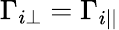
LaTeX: \Gamma_{i\perp}=\Gamma_{i||}